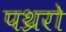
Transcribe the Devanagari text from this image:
पथ्ररो